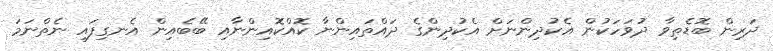
ދަރިން ބޮޑެތިވާ ދުވަހަކުން އެކުދިންނަށް އެކުދިންގެ ދައްތައިންނާ ކޮއްކޮއިންނާއި ބޭބެއިން އެނގިފައި ނެތްނަމަ